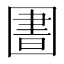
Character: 圕